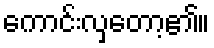
ကောင်းလှတော့၏။